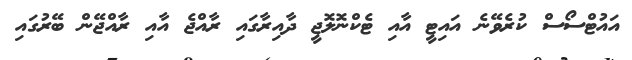
އައުޓްސޯސް ކުރެވޭނެ އައިޓީ އާއި ޓެކްނޮލޮޖީ ދާއިރާގައި ރާއްޖެ އާއި ރާއްޖޭން ބޭރުގައި